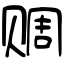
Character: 赒